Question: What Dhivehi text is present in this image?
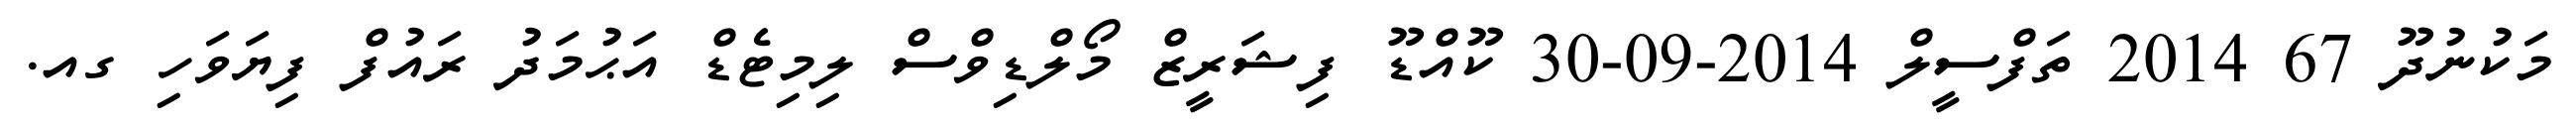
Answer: މަކުނުދޫ 67 2014 ތަފްސީލް 2014-09-30 ކޫއްޑޫ ފިޝަރީޒް މޯލްޑިވްސް ލިމިޓެޑް އަޙުމަދު ރައުފް ފިޔަވަހި ގއ.